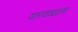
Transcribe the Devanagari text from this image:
गारवड्याला